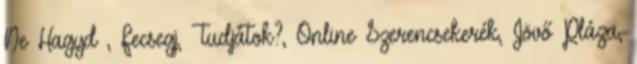
Ne Hagyd , Fecsegj, Tudjátok?, Online Szerencsekerék, Jövő Pláza,